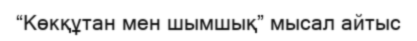
“Көкқұтан мен шымшық” мысал айтыс